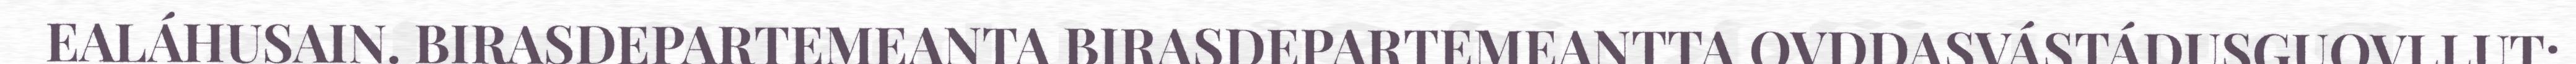
EALÁHUSAIN. BIRASDEPARTEMEANTA BIRASDEPARTEMEANTTA OVDDASVÁSTÁDUSGUOVLLUT: